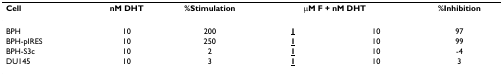
<table><thead><tr><td><b>Cell</b></td><td><b>nM DHT</b></td><td><b>%Stimulation</b></td><td colspan="2"><b>μM F + nM DHT</b></td><td><b>%Inhibition</b></td></tr></thead><tbody><tr><td>BPH</td><td>10</td><td>200</td><td><b><underline>1</underline></b></td><td>10</td><td>97</td></tr><tr><td>BPH-pIRES</td><td>10</td><td>250</td><td><b><underline>1</underline></b></td><td>10</td><td>99</td></tr><tr><td>BPH-S3c</td><td>10</td><td>2</td><td><b><underline>1</underline></b></td><td>10</td><td>-4</td></tr><tr><td>DU145</td><td>10</td><td>3</td><td><b><underline>1</underline></b></td><td>10</td><td>3</td></tr></tbody></table>